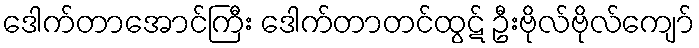
ဒေါက်တာအောင်ကြီး ဒေါက်တာတင်ထွဋ် ဦးဗိုလ်ဗိုလ်ကျော်